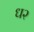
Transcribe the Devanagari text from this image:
ध२